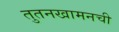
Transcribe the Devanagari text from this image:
तुतनखामनची